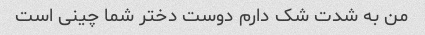
من به شدت شک دارم دوست دختر شما چینی است